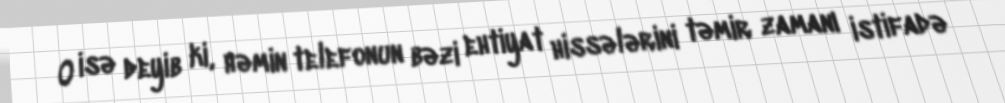
O isə deyib ki, həmin telefonun bəzi ehtiyat hissələrini təmir zamanı istifadə